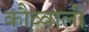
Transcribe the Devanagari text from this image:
कौव्वाली